Theory and practice of anti-rabic immunisation - Number 30
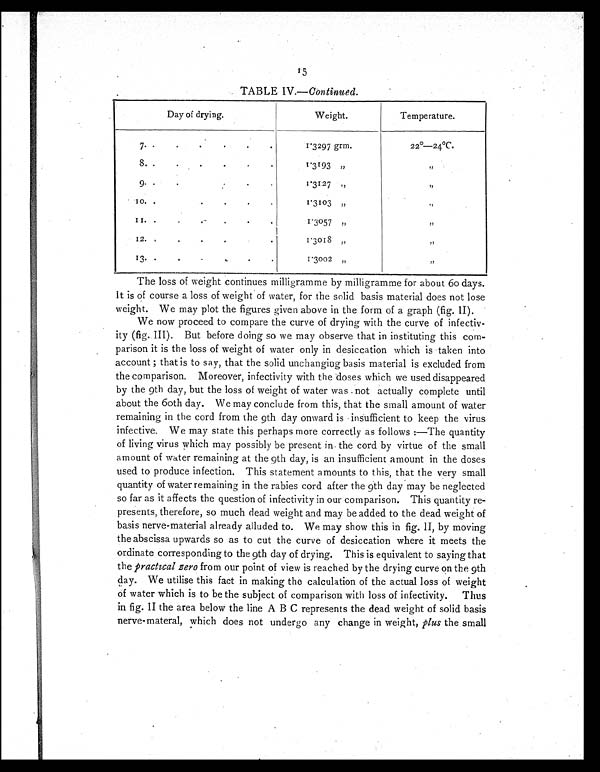
15
TABLE IV.— Continued.
Day of drying.
Weight.
Temperature.
7 . . . . . .
1.3297 grm.
22
º—24ºC.
8. . . . . . .
1. 3193 , ,
,,
9 . . . . . .
1.3127 ,,
,,
10..
.
.
1.3103 ,,
, ,
11. . . . .
1.3057 „
, ,
12..
.
. .
1.3018 ,,
, ,
13. . . .
.
.
1.3002 „
, ,
The loss of weight continues milligramme by milligramme for about 60 days.
It is of course a loss of weight of water, for the solid basis material does not lose
weight. We may plot the figures given above in the form of a graph (fig. II).
We now proceed to compare the curve of drying with the curve of infectiv-
ity (fig. III). But before doing so we may observe that in instituting this com-
parison it is the loss of weight of water only in desiccation which is taken into
account ; that is to say, that the solid unchanging basis material is excluded from
the comparison. Moreover, infectivity with the doses which we used disappeared
by the 9th day, but the loss of weight of water was not actually complete until
about the 60th day. We may conclude from this, that the small amount of water
remaining in the cord from the 9th day onward is insufficient to keep the virus
infective. We may state this perhaps more correctly as follows :—The quantity
of living virus which may possibly be present in. the cord by virtue of the small
amount of water remaining at the 9th day, is an insufficient amount in the doses
used to produce infection. This statement amounts to this, that the very small
quantity of water remaining in the rabies cord after the 9th day may be neglected
so far as it affects the question of infectivity in our comparison. This quantity re-
presents, therefore, so much dead weight and may be added to the dead weight of
basis nerve-material already alluded to. We may show this in fig.II by moving
the abscissa upwards so as to cut the curve of desiccation where it meets the
ordinate corresponding to the 9th day of drying. This is equivalent to saying that
the practical zero from our point of view is reached by the drying curve on the 9th
day. We utilise this fact in making the calculation of the actual loss of weight
of water which is to be the subject of comparison with loss of infectivity. Thus
in fig. II the area below the line A B C represents the dead weight of solid basis
nerve-materal, which does not undergo any change in weight, plus the small